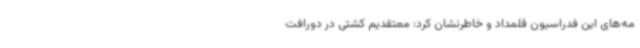
مه‌های این فدراسیون قلمداد و خاطرنشان کرد: معتقدیم کشتی در دورافت